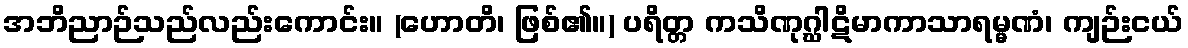
အဘိညာဉ်သည်လည်းကောင်း။ (ဟောတိ၊ ဖြစ်၏။) ပရိတ္တ ကသိဏုဂ္ဃါဋိမာကာသာရမ္မဏံ၊ ကျဉ်းငယ်